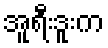
အူရီးဒူးက